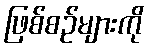
ဖြစ်စဉ်များကို